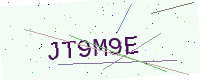
Text: JT9M9E